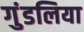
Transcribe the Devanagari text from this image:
गुंडलिया